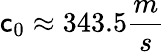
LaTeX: \mathsf{c}_{0}\approx343.5\frac{{m}}{{s}}